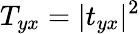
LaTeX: T_{yx}=|t_{yx}|^{2}